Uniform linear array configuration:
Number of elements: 8
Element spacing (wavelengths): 1
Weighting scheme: hamming
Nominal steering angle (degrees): -30
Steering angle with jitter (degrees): -30.477
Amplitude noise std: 0.05
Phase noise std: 0.05

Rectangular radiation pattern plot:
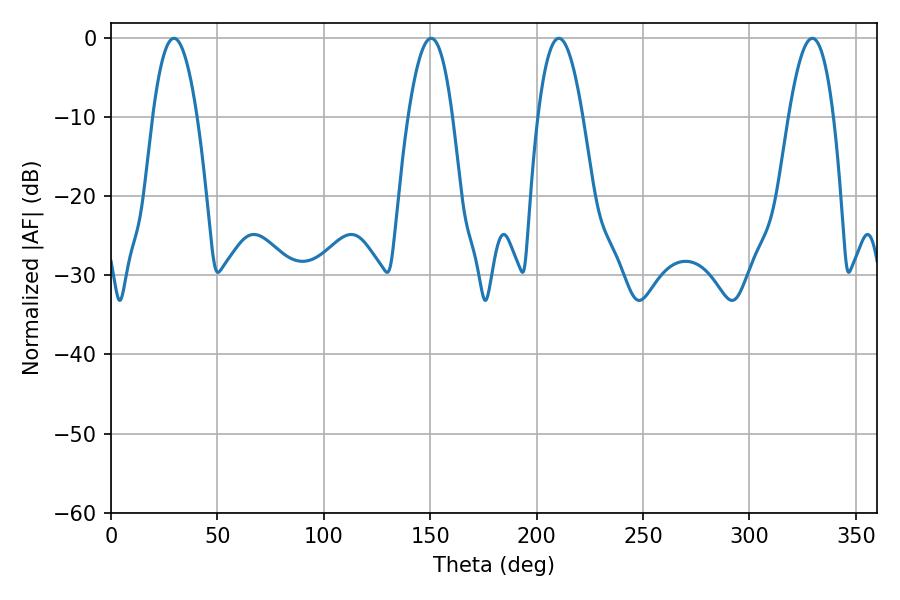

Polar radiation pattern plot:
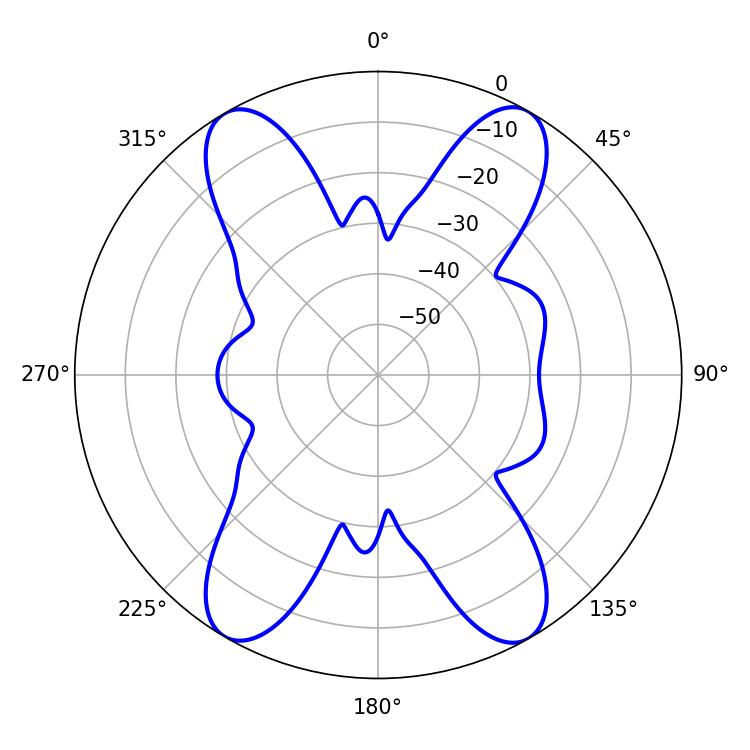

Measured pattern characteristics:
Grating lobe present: TRUE
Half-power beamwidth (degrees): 11.52
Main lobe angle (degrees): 210.42